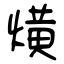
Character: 熿